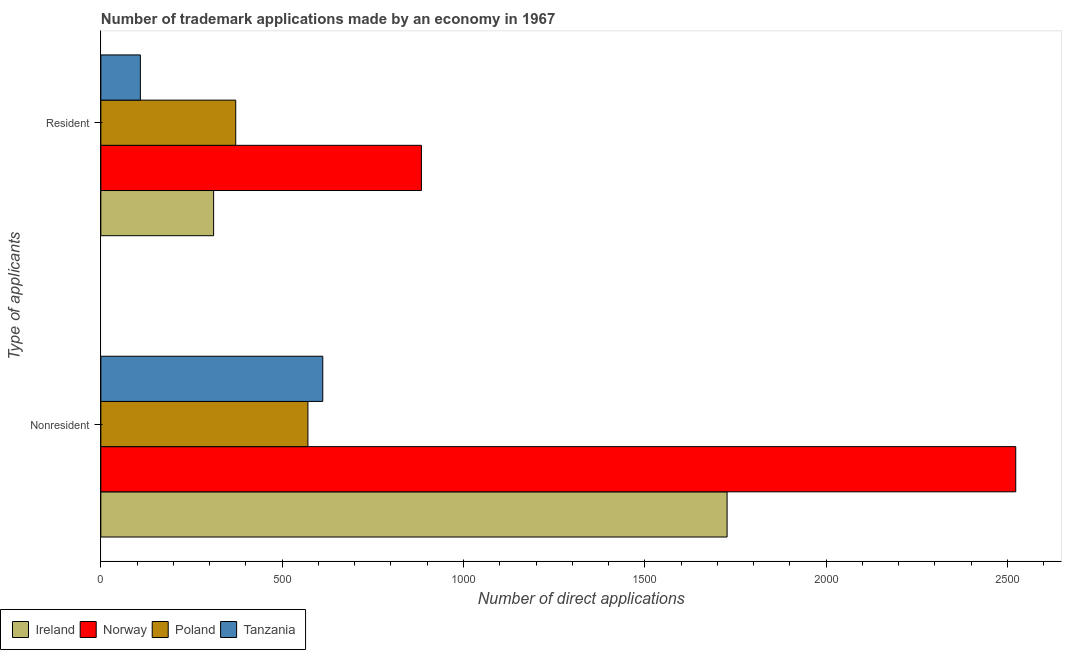
| Type of applicants | Ireland | Norway | Poland | Tanzania |
 | --- | --- | --- | --- | --- |
 | Nonresident | 1.73e+03 | 2.52e+03 | 571 | 612 |
 | Resident | 311 | 884 | 372 | 109 |